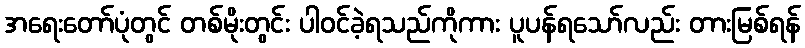
အရေးတော်ပုံတွင် တစ်မိုးတွင်း ပါဝင်ခဲ့ရသည်ကိုကား ပူပန်ရသော်လည်း တားမြစ်ရန်